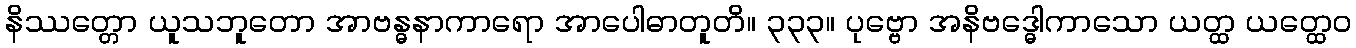
နိဿတ္တော ယူသဘူတော အာဗန္ဓနာကာရော အာပေါဓာတူတိ။ ၃၃၃။ ပုဗ္ဗော အနိဗဒ္ဓေါကာသော ယတ္ထ ယတ္ထေဝ